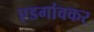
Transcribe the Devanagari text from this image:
एडगांवकर